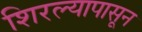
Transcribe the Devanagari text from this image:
शिरल्यापासून